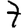
Digit: 7